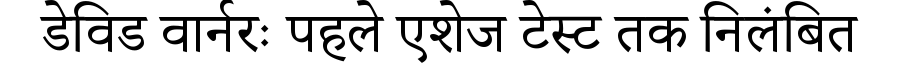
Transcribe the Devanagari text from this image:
डेविड वार्नरः पहले एशेज टेस्ट तक निलंबित